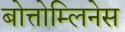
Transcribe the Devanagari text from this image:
बोत्तोम्लिनेस